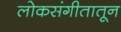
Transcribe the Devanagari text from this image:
लोकसंगीतातून